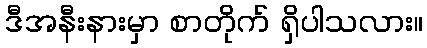
ဒီအနီးနားမှာ စာတိုက် ရှိပါသလား။